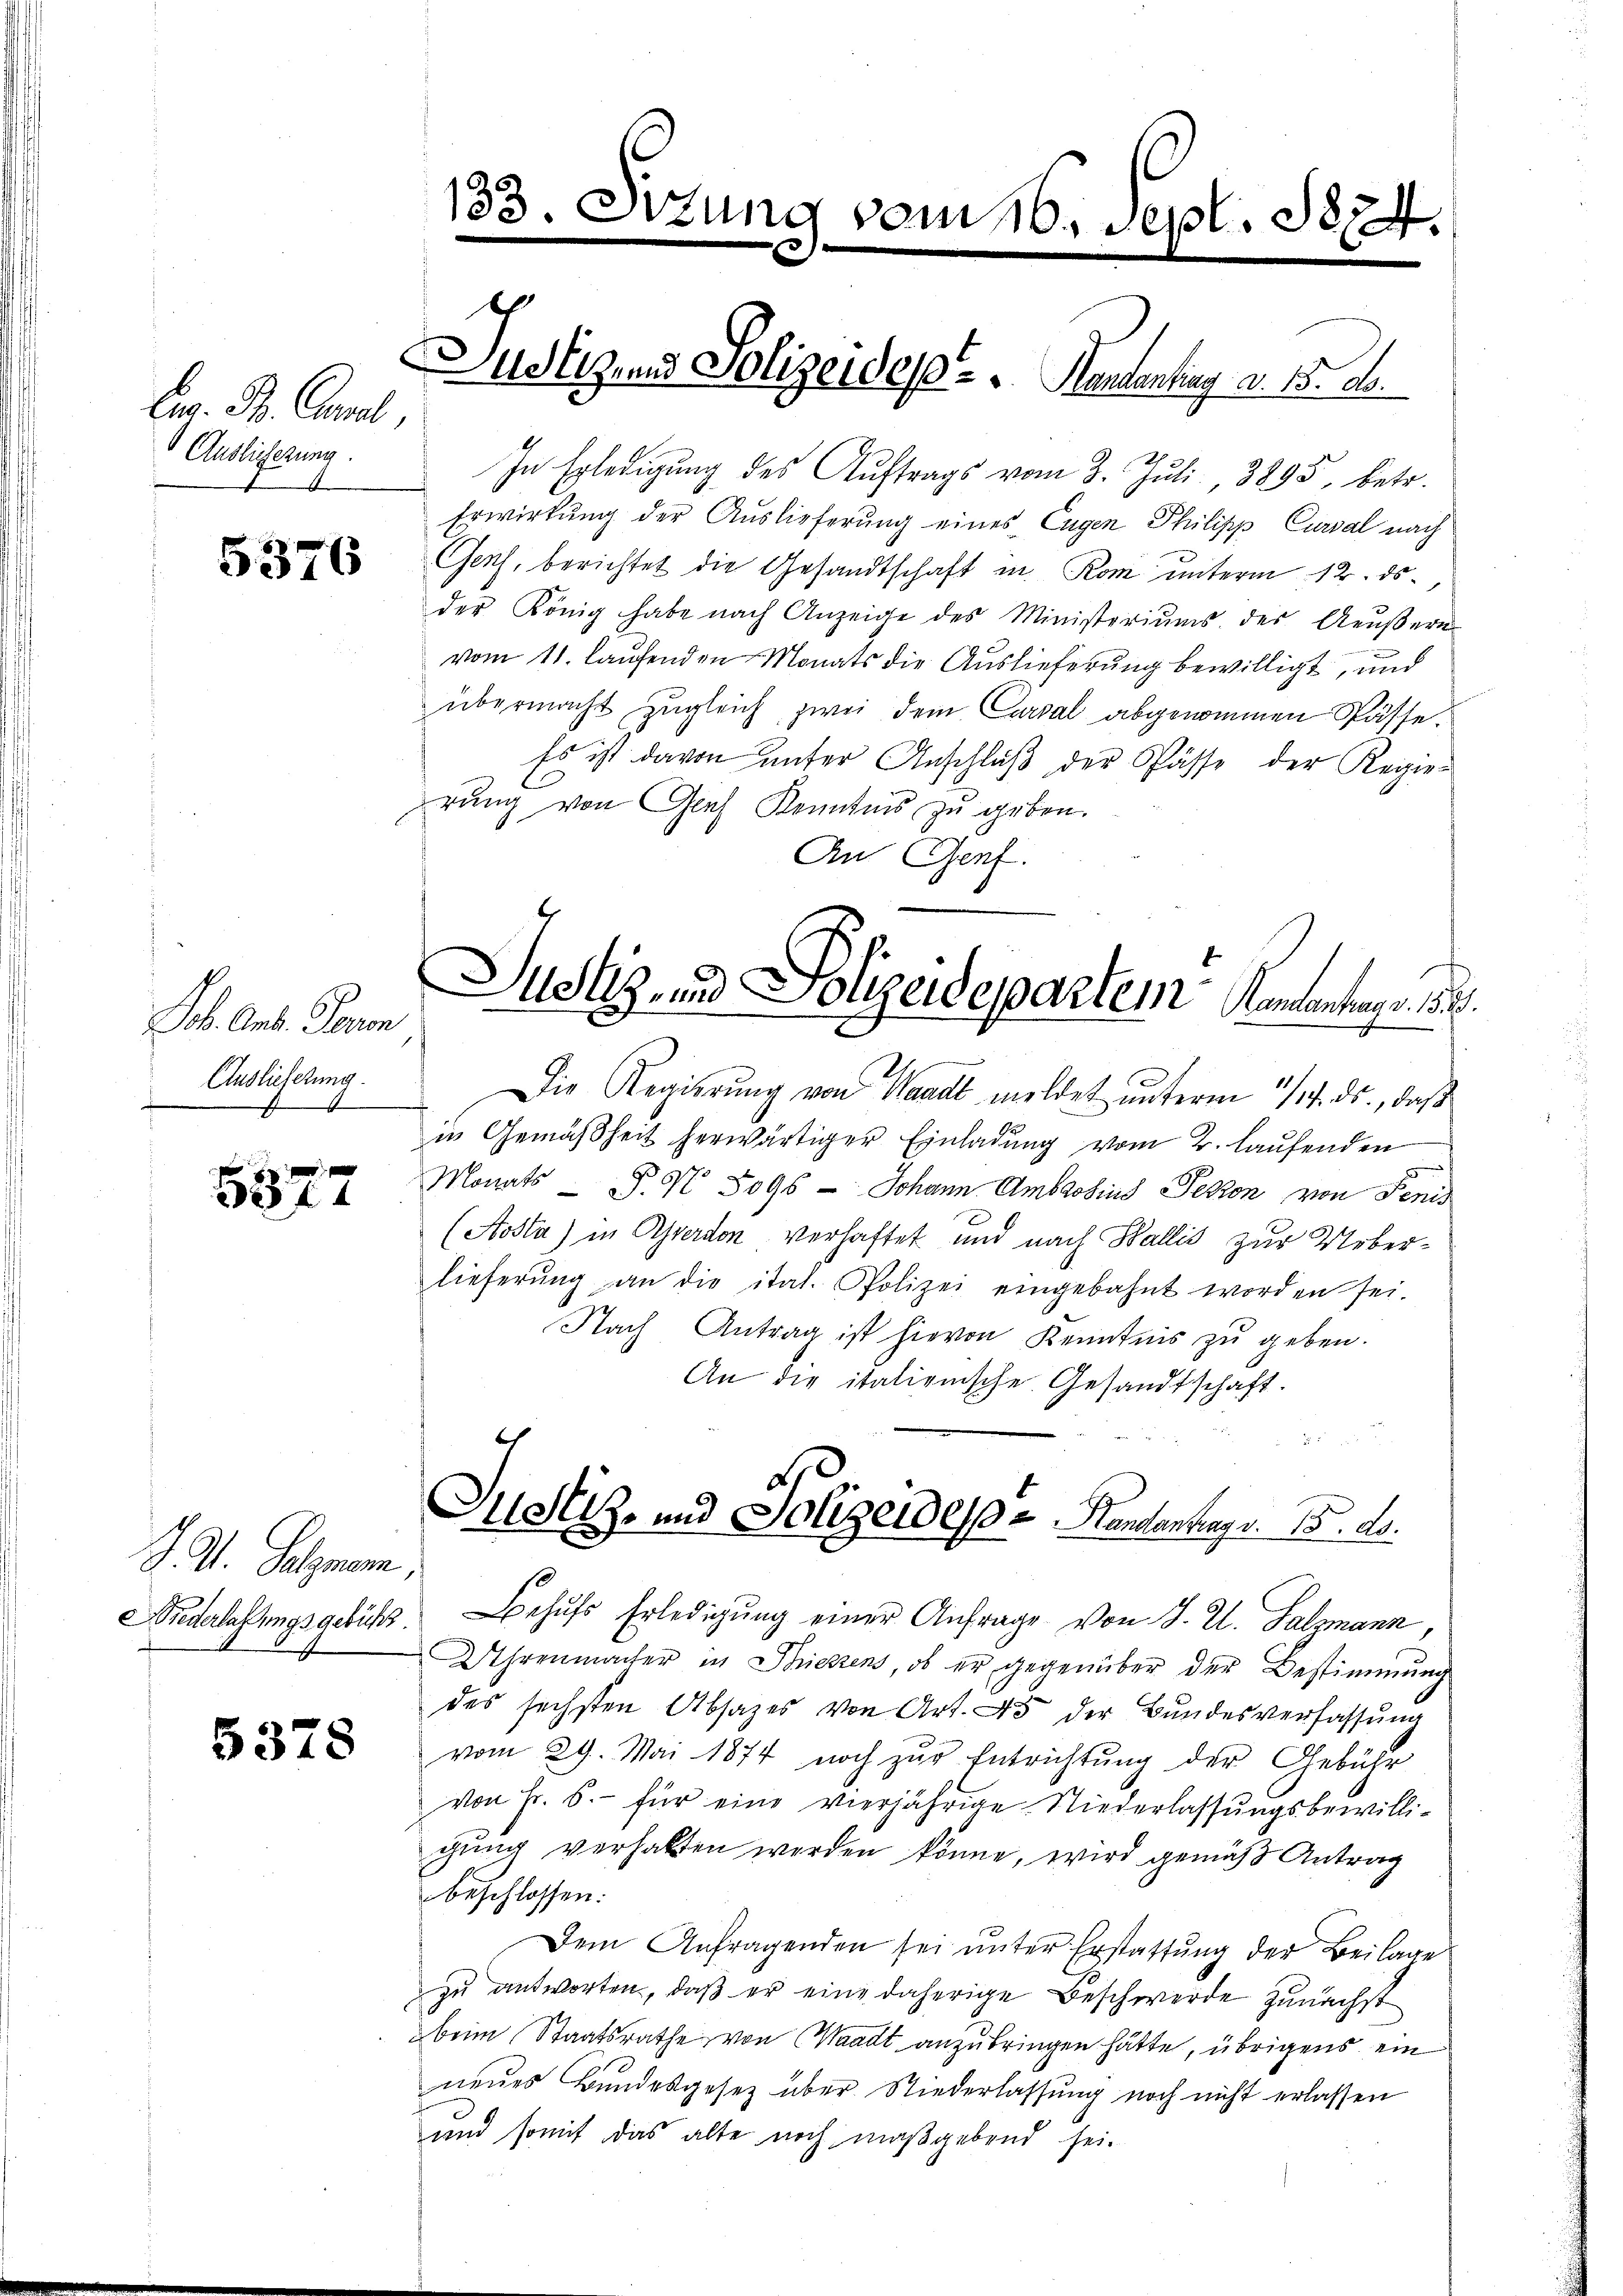
Ei. B. Canal,
Auslicherung.

5376

.
 f 0 x
f

5378

Job. Ant. Peron
Auslieferung.
E

J. M. Sulznam
Niederlaßungsgebühr.

133. Sttung vom 10. Sept. 1874.

In Erledigung des Auftrags vom 3. Juli, 3895, betr.
Erwirkung der Auslieferung eines Eugen Philipp Curial nach
Geich, berichtet die Gesandtschaft in Rom unterm 12. ds
der König habe nach Anzeige des Ministeriums des Aeŭβern
vom 11. laufenden Monats die Auslieferung bewilligt, und
übermacht zugleich zwei dem Cartal abgenommen Pässe.
Es ist davon unter Anschlŭβ der Pässe der Regier
rung von Graf Kenntnis zu geben.
An Genf.
Die Regierŭng von Waadt meldet unterm 1/4. ds., daß
in Gemäßheit herwärtiger Einladung vom 2. laufenden
Monats P. Nr. 5096 — Johann Ambrosius Peten von Penis
(Aosta) in Averdon verhaftet und nach Wallis zur Ueberlieferŭng an die itat. Polizei eingebahnt worden sei.
Nach Antrag ist hievon Kenntnis zu geben.
An die italienische Gesandtschaft.
2
Justiz- und Polizeides Handentrag v. 5. ds.
Behufs Erledigung einer Anfrage von J. U. Salzmann,
Uhrenmacher in Schichtens, ob er gegenüber der Bestimmung
des sechsten Absatzes von Art. 45 der Bundesverfassŭng
vom 29. Mai 1874 noch zŭr Entrichtung der Gebühr
von Fr. 5.- für eine vierjährige Niederlassungsbewilligŭng verhalten werden könne, wird gemäß Antrag
beschlossen:
Dem Anfragenden sei unter Erstattung der Beilage
zu antworten, daß er eine daherige Beschwerde zunächst
beim Staatsrathe von (Waadt anzubringen hätte, übrigens ein
neues Bundesgesetz über Niederlassung noch nicht erlassen
und somit das alte noch maßgebend sei.

Sitz und Polizeides Handenting a. 15. d.

Justiz und Polizeidepartem Kamantrags 18.
e